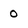
Character: 0